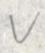
v